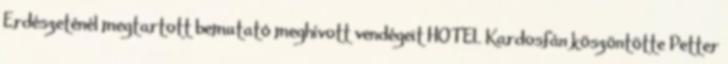
Erdészeténél megtartott bemutató meghívott vendégeit HOTEL Kardosfán köszöntötte Petter